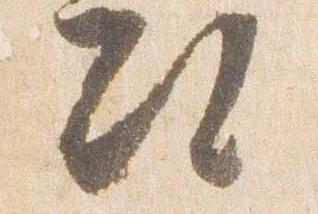
次